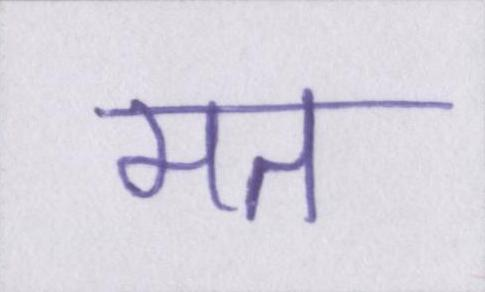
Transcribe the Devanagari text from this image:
मत